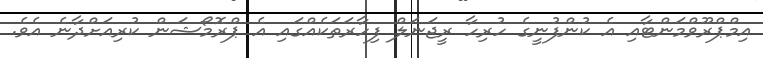
އިމްޕްރޫވްމަންޓާއި އެ ކުންފުނީގެ ހުރިހާ ރީޖަނަލް ފިހާރަތަކެއްގައި އެ ޕްރޮމޯޝަން ކުރިއަށްދާނެ އެވެ.